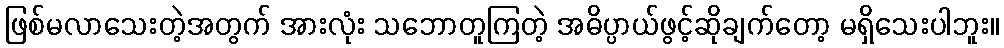
ဖြစ်မလာသေးတဲ့အတွက် အားလုံး သဘောတူကြတဲ့ အဓိပ္ပာယ်ဖွင့်ဆိုချက်တော့ မရှိသေးပါဘူး။